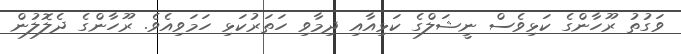
ވަގުތު ރޫހާންގެ ކަޅިވެސް ނީޝަލްގެ ކަޅިއާއި ދިމާވި ހަތަރުކަޅި ހަމަވިއެވެ. ރޫހާންގެ ދެލޮލުން